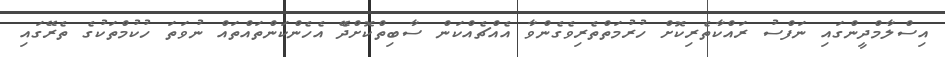
އިސްލާމްދީންގައި ނަފްސު ރައްކާތެރިކޮށް ހުރުމަތްތެރިވެގެންވާ އެއްޗެއްކަން ސާބިތްކޮށްދެޭ އެހެންކަންތައްތައް ނުވަތަ ހުކުމްތަކުގެ ތެރޭގައި